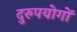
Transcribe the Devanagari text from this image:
दुरुपयोगों